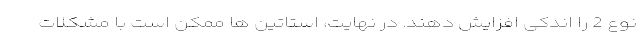
نوع 2 را اندکی افزایش دهند. در نهایت، استاتین ها ممکن است با مشکلات